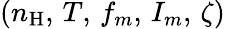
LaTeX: \left(n_{\mathrm{H}},\, T,\, f_{m},\, I_{m},\, \zeta\right)